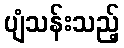
ပျံသန်းသည့်